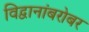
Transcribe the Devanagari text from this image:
विद्वानांबरोबर